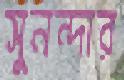
সুনন্দার